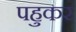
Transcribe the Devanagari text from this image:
पहुकर